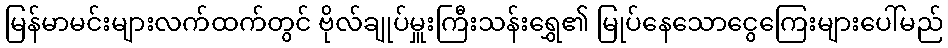
မြန်မာမင်းများလက်ထက်တွင် ဗိုလ်ချုပ်မှူးကြီးသန်းရွှေ၏ မြုပ်နေသောငွေကြေးများပေါ်မည်